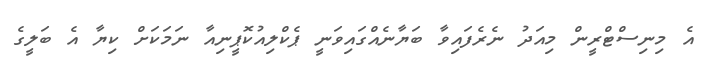
އެ މިނިސްޓްރީން މިއަދު ނެރެފައިވާ ބަޔާނެއްގައިވަނީ ޕެކްލިއުކޮޕީނިއާ ނަމަކަށް ކިޔާ އެ ބަލީގެ